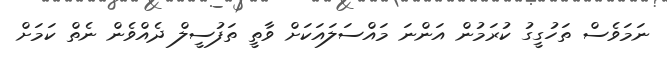
ނަމަވެސް ތަހުގީގު ކުރަމުން އަންނަ މައްސަލައަކަށް ވާތީ ތަފުސީލް ދެެއްވެން ނެތް ކަމަށް